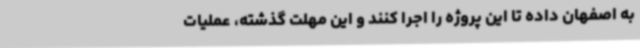
به اصفهان داده تا این پروژه را اجرا کنند و این مهلت گذشته، عملیات